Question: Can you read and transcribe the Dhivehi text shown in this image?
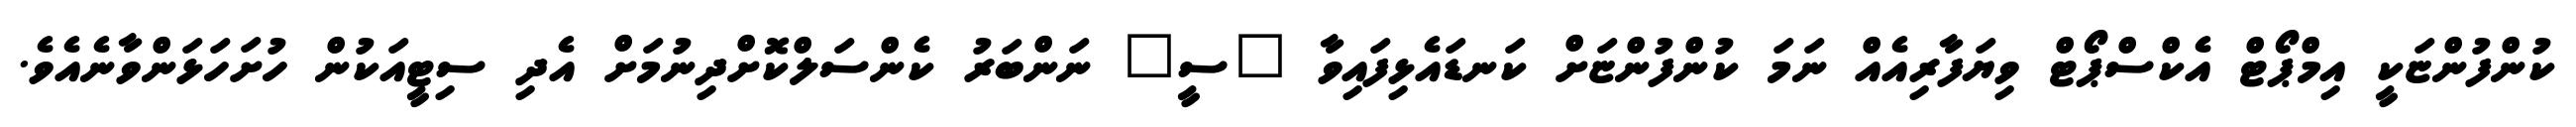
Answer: ކުންފުންޏަކީ އިމްޕޯޓް އެކްސްޕޯޓް ވިޔަފާރިއެއް ނަމަ ކުންފުންޏަށް ކަނޑައެޅިފައިވާ "ސީ" ނަންބަރު ކެންސަލްކޮށްދިނުމަށް އެދި ސިޓީއަކުން ހުށަހަޅަންވާނެއެވެ.